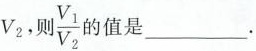
V_{2},则\frac{V_{1}}{V_{2}}的值是___.